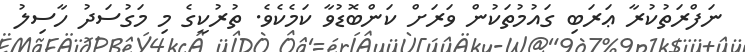
ނަފްރަތުކުރާ ޢަރަބި ގައުމުތަކުން ވަރަށް ކަންބޮޑުވާ ކަމެކެވެ. ތުރުކީގެ މި މަގުސަދު ހާސިލު